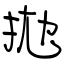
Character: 拋